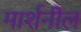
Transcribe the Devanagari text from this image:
मार्शनील